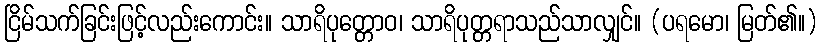
ငြိမ်သက်ခြင်းဖြင့်လည်းကောင်း။ သာရိပုတ္တောဝ၊ သာရိပုတ္တရာသည်သာလျှင်။ (ပရမော၊ မြတ်၏။)